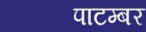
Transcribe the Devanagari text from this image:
पाटम्बर